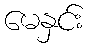
မေနှင်း